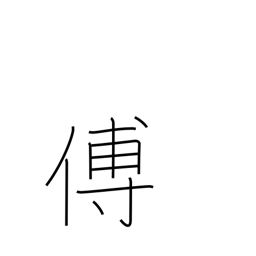
Meaning: tutor